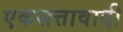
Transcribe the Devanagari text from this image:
एकसत्तावादी